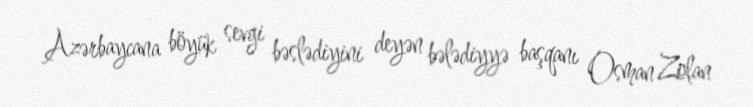
Azərbaycana böyük sevgi bəslədiyini deyən bələdiyyə başqanı Osman Zolan